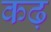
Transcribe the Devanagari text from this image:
कढ़